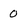
Character: 0